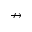
\nrightarrow